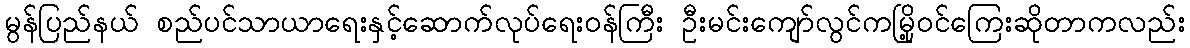
မွန်ပြည်နယ် စည်ပင်သာယာရေးနှင့်ဆောက်လုပ်ရေးဝန်ကြီး ဦးမင်းကျော်လွင်ကမြို့ဝင်ကြေးဆိုတာကလည်း